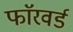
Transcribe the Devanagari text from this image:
फाॅरवर्ड